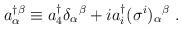
LaTeX: \begin{align*}a^\dagger_{\alpha}\!^{\beta} \equiv a_4^\dagger\delta_{\alpha}{}^{\beta} + i a_i^\dagger(\sigma^i)_{\alpha}{}^{\beta}\ .\end{align*}